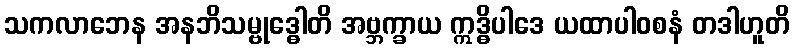
သကလာဘေန အနဘိသမ္ဗုဒ္ဓေါတိ အဗ္ဘက္ခာယ ဣဒ္ဓိပါဒေ ယထာပါဝစနံ တဒါဟူတိ